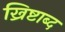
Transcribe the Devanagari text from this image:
ख्रिष्टाब्द